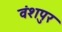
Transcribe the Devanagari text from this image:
वंशपुर